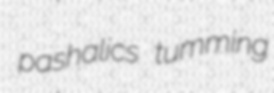
pashalics tumming